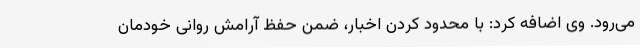
می‌رود. وی اضافه کرد: با محدود کردن اخبار، ضمن حفظ آرامش روانی خودمان